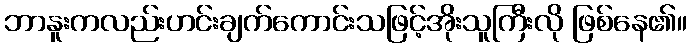
ဘာနူးကလည်းဟင်းချက်ကောင်းသဖြင့်အိုးသူကြီးလို ဖြစ်နေ၏။